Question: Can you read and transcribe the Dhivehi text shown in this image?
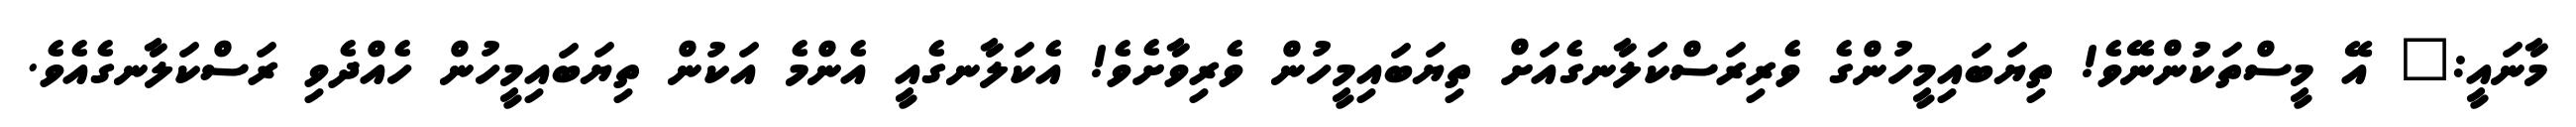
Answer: މާނައީ:" އޭ މީސްތަކުންނޭވެ! ތިޔަބައިމީހުންގެ ވެރިރަސްކަލާނގެއަށް ތިޔަބައިމީހުން ވެރިވާށެވެ! އެކަލާނގެއީ އެންމެ އަކުން ތިޔަބައިމީހުން ހެއްދެވި ރަސްކަލާނގެއެވެ.